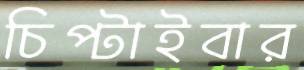
চিপ্‌টাইবার